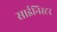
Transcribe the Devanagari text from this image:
साईनिस्टर